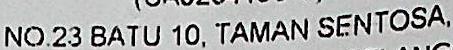
NO.23 BATU 10, TAMAN SENTOSA,